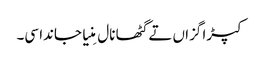
کپڑا گزاں تے گٹھا نال مِنیا جاندا سی۔